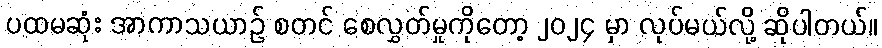
ပထမဆုံး အာကာသယာဉ် စတင် စေလွှတ်မှုကိုတော့ ၂၀၂၄ မှာ လုပ်မယ်လို့ ဆိုပါတယ်။